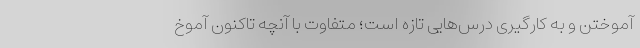
آموختن و به کارگیری درس‌هایی تازه است؛ متفاوت با آنچه تاکنون آموخ